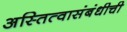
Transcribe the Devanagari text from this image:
अस्तित्वासंबंधीची